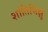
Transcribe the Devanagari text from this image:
शांतिभिक्षु